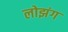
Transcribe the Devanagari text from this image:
लोझंग